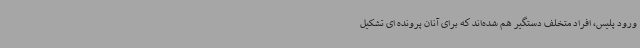
ورود پلیس، افراد متخلف دستگیر هم شده‌اند که برای آنان پرونده ای تشکیل